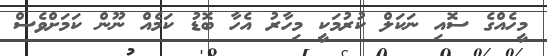
މީހެއްގެ ސޮއި ނަކަލް ކުރުމަކީ މިހާރު އެހާ ބޮޑު ކަމެއް ނޫން ކަމަށްވެސް